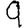
Digit: 9